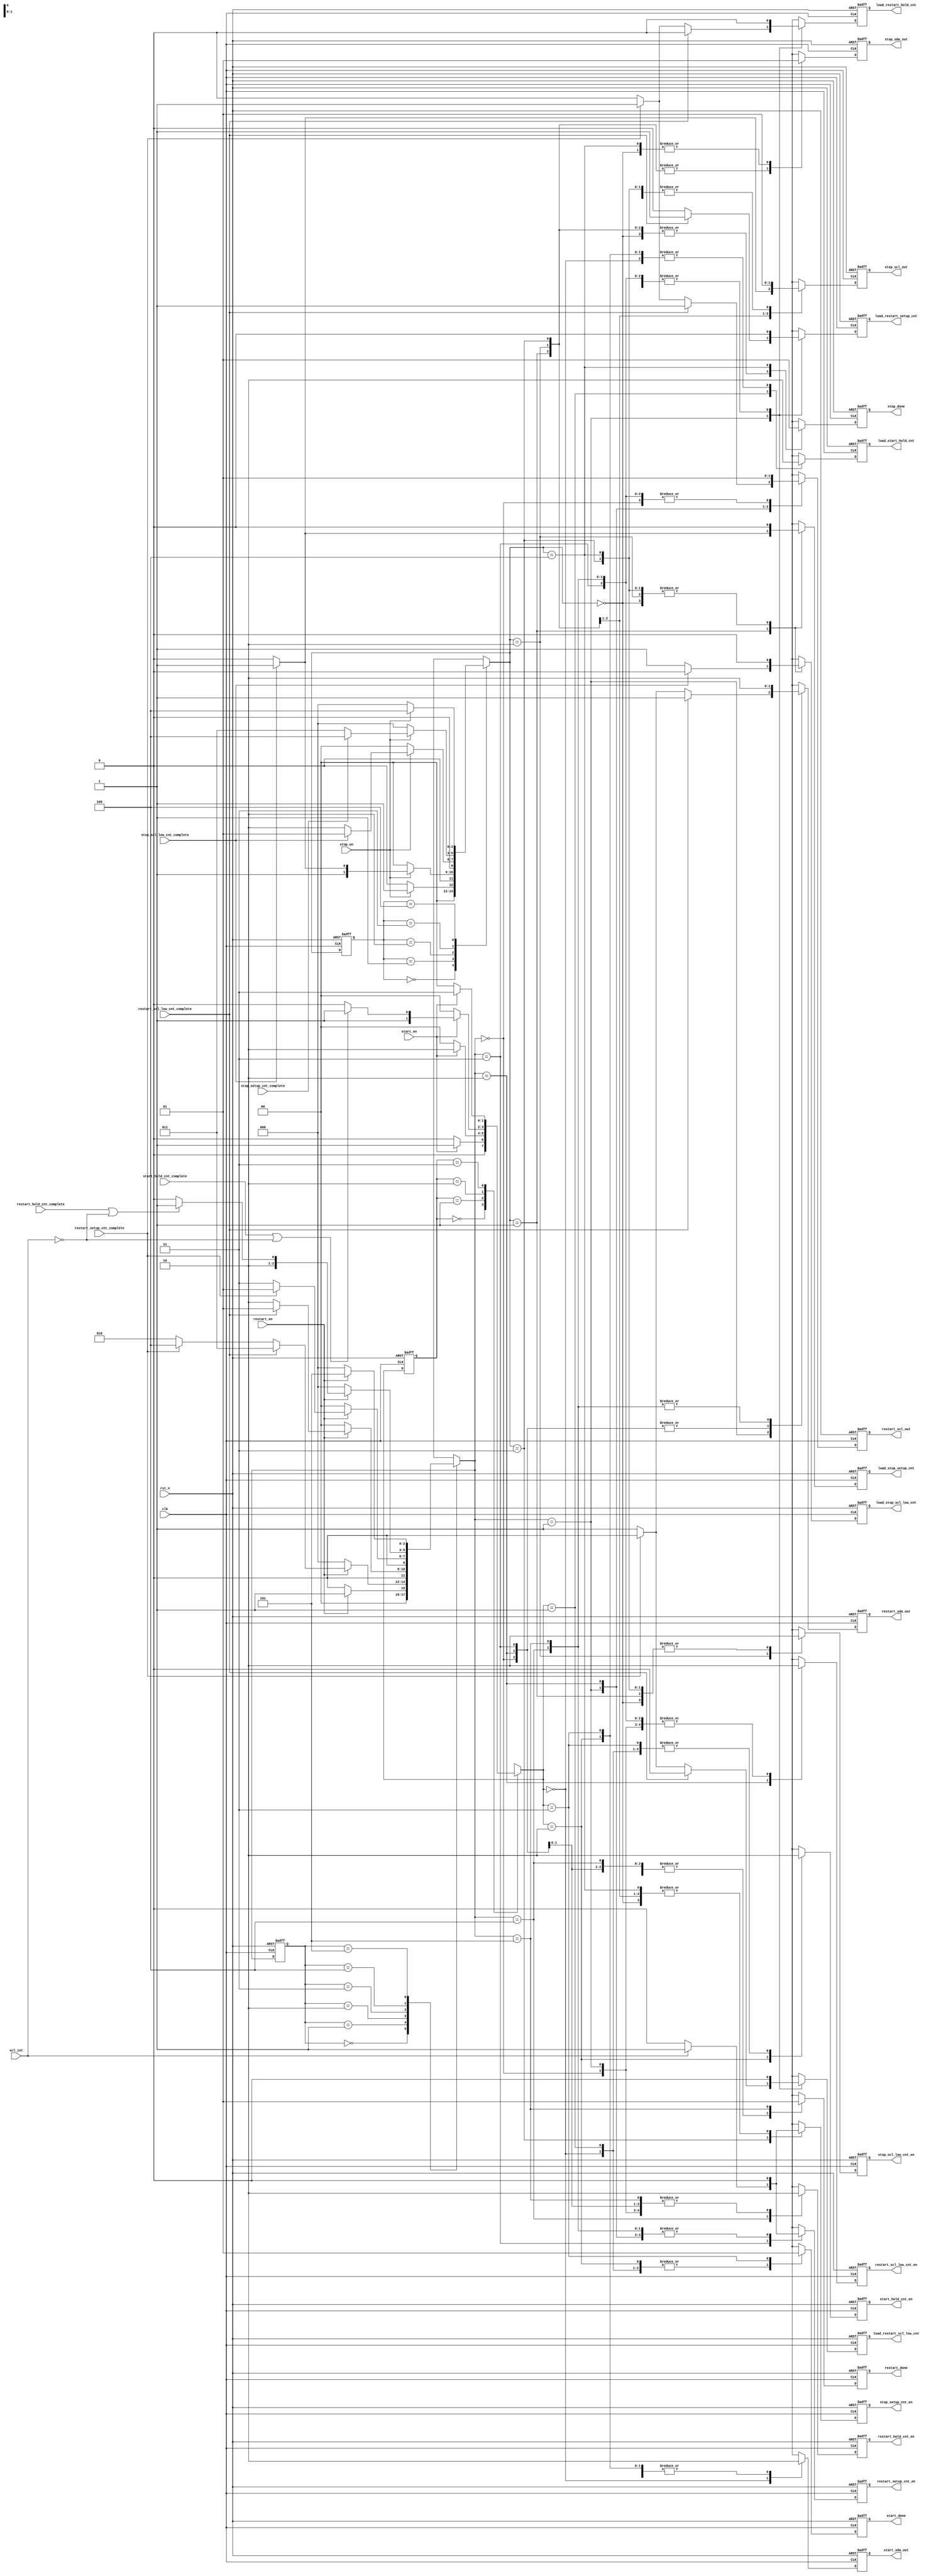
// (C) 2001-2018 Intel Corporation. All rights reserved.
// Your use of Intel Corporation's design tools, logic functions and other 
// software and tools, and its AMPP partner logic functions, and any output 
// files from any of the foregoing (including device programming or simulation 
// files), and any associated documentation or information are expressly subject 
// to the terms and conditions of the Intel Program License Subscription 
// Agreement, Intel FPGA IP License Agreement, or other applicable 
// license agreement, including, without limitation, that your use is for the 
// sole purpose of programming logic devices manufactured by Intel and sold by 
// Intel or its authorized distributors.  Please refer to the applicable 
// agreement for further details.


// synthesis translate_off
`timescale 1ns / 1ps
// synthesis translate_on

module altera_avalon_i2c_condt_gen (
    input       clk,
    input       rst_n,
    input       start_hold_cnt_complete,
    input       start_en,
    
    input	scl_int,
    input       restart_scl_low_cnt_complete,
    input       restart_setup_cnt_complete,
    input       restart_hold_cnt_complete,
    input	restart_en,
    
    input       stop_scl_low_cnt_complete,
    input       stop_setup_cnt_complete,
    input       stop_en,

    output  reg    load_start_hold_cnt,
    output  reg    start_hold_cnt_en,
    output  reg    start_done,
    output  reg    start_sda_out,
    
    output  reg    load_restart_scl_low_cnt,
    output  reg    restart_scl_low_cnt_en,
    output  reg    load_restart_setup_cnt,
    output  reg    restart_setup_cnt_en,
    output  reg    load_restart_hold_cnt,
    output  reg    restart_hold_cnt_en,
    output  reg    restart_done,
    output  reg    restart_sda_out,
    output  reg    restart_scl_out,
    
    output  reg    load_stop_scl_low_cnt,
    output  reg    stop_scl_low_cnt_en,
    output  reg    load_stop_setup_cnt,
    output  reg    stop_setup_cnt_en,
    output  reg    stop_done,
    output  reg    stop_sda_out,
    output  reg    stop_scl_out
);


parameter   START_IDLE  = 2'b00,
            START_LOAD  = 2'b01,
            START_HOLD  = 2'b10,
            START_DONE  = 2'b11,

            RESTART_IDLE = 3'b000, 
            RESTART_LOAD = 3'b001,
            RESTART_SCL_LOW = 3'b010,
            RESTART_SETUP = 3'b011,
            RESTART_HOLD = 3'b100,
            RESTART_DONE = 3'b101,

            STOP_IDLE = 3'b000,
            STOP_LOAD = 3'b001,
            STOP_SCL_LOW = 3'b010,
            STOP_SETUP = 3'b011,
            STOP_DONE = 3'b100;



// wires & registers declaration
reg [1:0]   start_state, start_nx_state;
reg [2:0]   restart_state, restart_nx_state;
reg [2:0]   stop_state, stop_nx_state;



// START Condition generation
always @(posedge clk or negedge rst_n) begin
    if (!rst_n)
        start_state <= START_IDLE;
    else
        start_state <= start_nx_state;
end


always @* begin
    case(start_state)
        START_IDLE: begin
            if (start_en)
                start_nx_state = START_LOAD; 
	    else
                start_nx_state = START_IDLE;
        end

        START_LOAD: begin
            if (~start_en)
                start_nx_state = START_IDLE;
	    else
                start_nx_state = START_HOLD;
        end

        START_HOLD: begin
            if (~start_en)
                start_nx_state = START_IDLE;
	    else if (start_hold_cnt_complete | ~scl_int)
                start_nx_state = START_DONE;
	    else
                start_nx_state = START_HOLD;
        end

        START_DONE: begin
            if (~start_en )
                start_nx_state = START_IDLE;        
	    else
                start_nx_state = START_DONE;
        end

        default: start_nx_state = 2'bx;

    endcase
end


always @(posedge clk or negedge rst_n) begin
    if (!rst_n) begin
        load_start_hold_cnt     <= 1'b0;
        start_hold_cnt_en       <= 1'b0;
        start_done              <= 1'b0;
        start_sda_out           <= 1'b1;
    end
    else begin
        case(start_nx_state) 
	    START_IDLE : begin
	        load_start_hold_cnt <= 1'b0;
	        start_hold_cnt_en   <= 1'b0;
	        start_done          <= 1'b0;
	        start_sda_out       <= 1'b1;
   	    end
            START_LOAD : begin
                load_start_hold_cnt <= 1'b1;
                start_hold_cnt_en   <= 1'b0;
                start_done          <= 1'b0;
                start_sda_out       <= 1'b0;
	    end
	    START_HOLD : begin
                load_start_hold_cnt <= 1'b0;
                start_hold_cnt_en   <= 1'b1;
                start_done          <= 1'b0;
                start_sda_out       <= 1'b0;
	    end
	    START_DONE : begin
                load_start_hold_cnt <= 1'b0;
                start_hold_cnt_en   <= 1'b0;
                start_done          <= 1'b1;
                start_sda_out       <= 1'b0;
	    end
 	    default : begin
		load_start_hold_cnt <= 1'bx;
                start_hold_cnt_en   <= 1'bx;
                start_done          <= 1'bx;
                start_sda_out       <= 1'bx;
            end
    	endcase
    end
end

 // End of START condition generation




// RESTART Condition generation
always @(posedge clk or negedge rst_n) begin
    if (!rst_n)
        restart_state <= RESTART_IDLE;
    else
        restart_state <= restart_nx_state;
end


always @* begin
    case(restart_state)
        RESTART_IDLE: begin
            if (restart_en)
                restart_nx_state = RESTART_LOAD;
            else
                restart_nx_state = RESTART_IDLE;
        end

        RESTART_LOAD: begin
            if (~restart_en)
                restart_nx_state = RESTART_IDLE;
	    else if (restart_scl_low_cnt_complete)
                restart_nx_state = RESTART_SETUP;
	    else if (restart_setup_cnt_complete)
                restart_nx_state = RESTART_HOLD;
	    else
                restart_nx_state = RESTART_SCL_LOW;
        end

        RESTART_SCL_LOW: begin
            if (~restart_en)
                restart_nx_state = RESTART_IDLE;
	    else if (restart_scl_low_cnt_complete)
                restart_nx_state = RESTART_LOAD;
	    else
                restart_nx_state = RESTART_SCL_LOW;
        end

        RESTART_SETUP: begin
            if (~restart_en)
                restart_nx_state = RESTART_IDLE;
	    else if (restart_setup_cnt_complete)
                restart_nx_state = RESTART_LOAD;
            else
                restart_nx_state = RESTART_SETUP;
        end

        RESTART_HOLD: begin
            if (~restart_en)
                restart_nx_state = RESTART_IDLE;
	    else if (restart_hold_cnt_complete | ~scl_int)
                restart_nx_state = RESTART_DONE;
	    else
                restart_nx_state = RESTART_HOLD;
        end

        RESTART_DONE: begin
            if (~restart_en)
                restart_nx_state = RESTART_IDLE;
	    else
                restart_nx_state = RESTART_DONE;
        end

	default: restart_nx_state = 3'bx;
    endcase
end


always @(posedge clk or negedge rst_n) begin
    if (!rst_n) begin
        load_restart_scl_low_cnt    <= 1'b0;
        restart_scl_low_cnt_en      <= 1'b0;
        load_restart_setup_cnt      <= 1'b0;
        restart_setup_cnt_en        <= 1'b0;
        load_restart_hold_cnt       <= 1'b0;
        restart_hold_cnt_en         <= 1'b0;
        restart_done                <= 1'b0;
        restart_sda_out             <= 1'b1;
        restart_scl_out             <= 1'b1;
    end
    else begin
        case(restart_nx_state)
            RESTART_IDLE : begin
  	        load_restart_scl_low_cnt    <= 1'b0;
            	restart_scl_low_cnt_en      <= 1'b0;
                load_restart_setup_cnt      <= 1'b0;
                restart_setup_cnt_en        <= 1'b0;
                load_restart_hold_cnt       <= 1'b0;
        	restart_hold_cnt_en         <= 1'b0;
          	restart_done                <= 1'b0;
                restart_sda_out             <= 1'b1;
                restart_scl_out             <= 1'b1;
	     end
	    RESTART_LOAD : begin
	        restart_scl_low_cnt_en  <= 1'b0;
		restart_setup_cnt_en    <= 1'b0;
		restart_hold_cnt_en     <= 1'b0;
                restart_done            <= 1'b0;
                if (restart_scl_low_cnt_complete) begin
		    load_restart_scl_low_cnt    <= 1'b0;
		    load_restart_setup_cnt      <= 1'b1;
                    load_restart_hold_cnt       <= 1'b0;
                    restart_scl_out             <= 1'b1;
		    restart_sda_out             <= 1'b1;
		end 
		else if (restart_setup_cnt_complete) begin
		    load_restart_scl_low_cnt    <= 1'b0;
                    load_restart_setup_cnt      <= 1'b0;
		    load_restart_hold_cnt       <= 1'b1;
                    restart_scl_out             <= 1'b1;
		    restart_sda_out             <= 1'b0;
		end
		else begin
                    load_restart_scl_low_cnt    <= 1'b1;
                    load_restart_setup_cnt      <= 1'b0;
                    load_restart_hold_cnt       <= 1'b0;
                    restart_scl_out             <= 1'b0;
		    restart_sda_out             <= 1'b1;
		end
            end
            RESTART_SCL_LOW : begin
                load_restart_scl_low_cnt    <= 1'b0;
                restart_scl_low_cnt_en      <= 1'b1;
                load_restart_setup_cnt      <= 1'b0;
                restart_setup_cnt_en        <= 1'b0;
                load_restart_hold_cnt       <= 1'b0;
                restart_hold_cnt_en         <= 1'b0;
                restart_done                <= 1'b0;
                restart_sda_out             <= 1'b1;
                restart_scl_out             <= 1'b0;
            end
	    RESTART_SETUP : begin
                load_restart_scl_low_cnt    <= 1'b0;
                restart_scl_low_cnt_en      <= 1'b0;
                load_restart_setup_cnt      <= 1'b0;
                load_restart_hold_cnt       <= 1'b0;
                restart_hold_cnt_en         <= 1'b0;
                restart_done                <= 1'b0;
                restart_sda_out             <= 1'b1;
                restart_scl_out             <= 1'b1;

		if (scl_int)
                    restart_setup_cnt_en <= 1'b1;
		else
                    restart_setup_cnt_en <= 1'b0;	
	    end
	    RESTART_HOLD : begin
                load_restart_scl_low_cnt    <= 1'b0;
                restart_scl_low_cnt_en      <= 1'b0;
                load_restart_setup_cnt      <= 1'b0;
                restart_setup_cnt_en        <= 1'b0;
                load_restart_hold_cnt       <= 1'b0;
                restart_hold_cnt_en         <= 1'b1;
                restart_done                <= 1'b0;
                restart_sda_out             <= 1'b0;
                restart_scl_out             <= 1'b1;
            end
	    RESTART_DONE : begin
                load_restart_scl_low_cnt    <= 1'b0;
                restart_scl_low_cnt_en      <= 1'b0;
                load_restart_setup_cnt      <= 1'b0;
                restart_setup_cnt_en        <= 1'b0;
                load_restart_hold_cnt       <= 1'b0;
                restart_hold_cnt_en         <= 1'b0;
                restart_done                <= 1'b1;
                restart_sda_out             <= 1'b0;
                restart_scl_out             <= 1'b1;
            end
	    default : begin
		load_restart_scl_low_cnt    <= 1'bx;
                restart_scl_low_cnt_en      <= 1'bx;
                load_restart_setup_cnt      <= 1'bx;
                restart_setup_cnt_en        <= 1'bx;
                load_restart_hold_cnt       <= 1'bx;
                restart_hold_cnt_en         <= 1'bx;
                restart_done                <= 1'bx;
                restart_sda_out             <= 1'bx;
                restart_scl_out             <= 1'bx; 
	    end
        endcase
    end
end




// STOP Condition generation
always @(posedge clk or negedge rst_n) begin
    if (!rst_n)
        stop_state <= STOP_IDLE;
    else
        stop_state <= stop_nx_state;
end

always @* begin
    case(stop_state)
        STOP_IDLE: begin
            if (stop_en)
                stop_nx_state = STOP_LOAD;
            else
                stop_nx_state = STOP_IDLE;
        end

        STOP_LOAD: begin
            if (~stop_en)
                stop_nx_state = STOP_IDLE;
	    else if (stop_scl_low_cnt_complete)
                stop_nx_state = STOP_SETUP;
	    else
                stop_nx_state = STOP_SCL_LOW;
        end

        STOP_SCL_LOW: begin
            if (~stop_en)
                stop_nx_state = STOP_IDLE;
	    else if (stop_scl_low_cnt_complete)
                stop_nx_state = STOP_LOAD;
	    else
                stop_nx_state = STOP_SCL_LOW;
        end

        STOP_SETUP: begin
            if (~stop_en)
                stop_nx_state = STOP_IDLE;
	    else if (stop_setup_cnt_complete)
                stop_nx_state = STOP_DONE;
	    else
                stop_nx_state = STOP_SETUP;
        end

        STOP_DONE: begin
            if (~stop_en)
                stop_nx_state = STOP_IDLE;
            else
                stop_nx_state = STOP_DONE;
        end

        default: stop_nx_state = 3'bx;

    endcase
end


always @(posedge clk or negedge rst_n) begin
    if (!rst_n) begin
        load_stop_scl_low_cnt   <= 1'b0;
        stop_scl_low_cnt_en     <= 1'b0;
        load_stop_setup_cnt     <= 1'b0;
        stop_setup_cnt_en       <= 1'b0;
        stop_done               <= 1'b0;
        stop_sda_out            <= 1'b1;
        stop_scl_out            <= 1'b1;
    end
    else begin
        case(stop_nx_state)
            STOP_IDLE : begin
                load_stop_scl_low_cnt   <= 1'b0;
                stop_scl_low_cnt_en     <= 1'b0;
                load_stop_setup_cnt     <= 1'b0;
                stop_setup_cnt_en       <= 1'b0;
                stop_done               <= 1'b0;
                stop_sda_out            <= 1'b1;
                stop_scl_out            <= 1'b1;
            end
            STOP_LOAD : begin
                stop_scl_low_cnt_en     <= 1'b0;
                stop_setup_cnt_en       <= 1'b0;
                stop_done               <= 1'b0;
                stop_sda_out            <= 1'b0;	
                if (stop_scl_low_cnt_complete) begin
                    load_stop_scl_low_cnt   <= 1'b0;
                    load_stop_setup_cnt     <= 1'b1;
                    stop_scl_out            <= 1'b1;
                end
                else begin
                    load_stop_scl_low_cnt   <= 1'b1;
                    load_stop_setup_cnt     <= 1'b0;
                    stop_scl_out            <= 1'b0;
                end
            end
            STOP_SCL_LOW : begin
                load_stop_scl_low_cnt   <= 1'b0;
                stop_scl_low_cnt_en     <= 1'b1;
                load_stop_setup_cnt     <= 1'b0;
                stop_setup_cnt_en       <= 1'b0;
                stop_done               <= 1'b0;
                stop_sda_out            <= 1'b0;
                stop_scl_out            <= 1'b0;
             end
             STOP_SETUP : begin
                load_stop_scl_low_cnt   <= 1'b0;
                stop_scl_low_cnt_en     <= 1'b0;
                load_stop_setup_cnt     <= 1'b0;
                stop_done               <= 1'b0;
                stop_sda_out            <= 1'b0;
                stop_scl_out            <= 1'b1;

                if (scl_int)
                    stop_setup_cnt_en <= 1'b1;
                else
                    stop_setup_cnt_en <= 1'b0;
             end
             STOP_DONE : begin
                load_stop_scl_low_cnt   <= 1'b0;
                stop_scl_low_cnt_en     <= 1'b0;
                load_stop_setup_cnt     <= 1'b0;
                stop_setup_cnt_en       <= 1'b0;
                stop_done               <= 1'b1;
                stop_sda_out            <= 1'b1;
                stop_scl_out            <= 1'b1;
             end
             default : begin
                load_stop_scl_low_cnt   <= 1'bx;
                stop_scl_low_cnt_en     <= 1'bx;
                load_stop_setup_cnt     <= 1'bx;
                stop_setup_cnt_en       <= 1'bx;
                stop_done               <= 1'bx;
                stop_sda_out            <= 1'bx;
                stop_scl_out            <= 1'bx;
              end
            endcase
       end
  end

endmodule